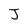
Character: J